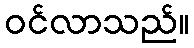
ဝင်လာသည်။